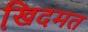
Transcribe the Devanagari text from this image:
खि़दमत